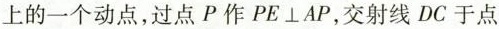
上的一个动点，过点P作PE⊥AP，交射线DC于点